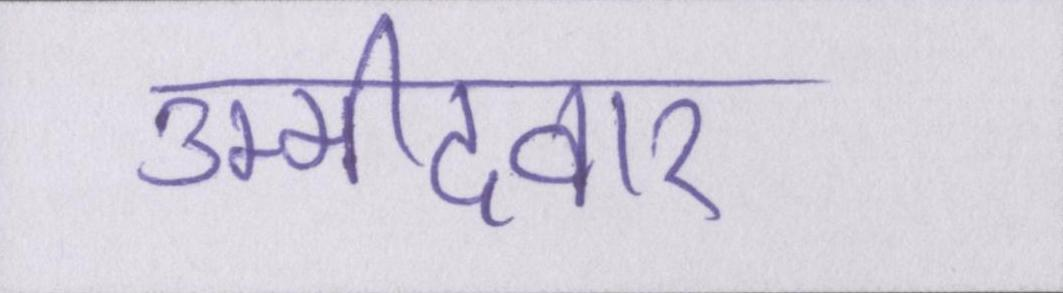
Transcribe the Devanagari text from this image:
उम्मीदवार